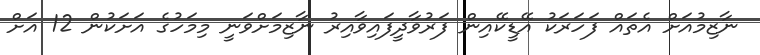
ނާޒިމުއަށް އެތައް ފަހަރަކު އޭޑީކޭއިން ފަރުވާދީފައިވާއިރު ނާޒިމަށްވަނީ މިމަހުގެ އަށަކުން 12 އަށް